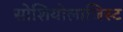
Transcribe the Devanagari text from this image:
सोशियोलाजिस्ट